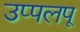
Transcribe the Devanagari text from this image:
उप्पलपू